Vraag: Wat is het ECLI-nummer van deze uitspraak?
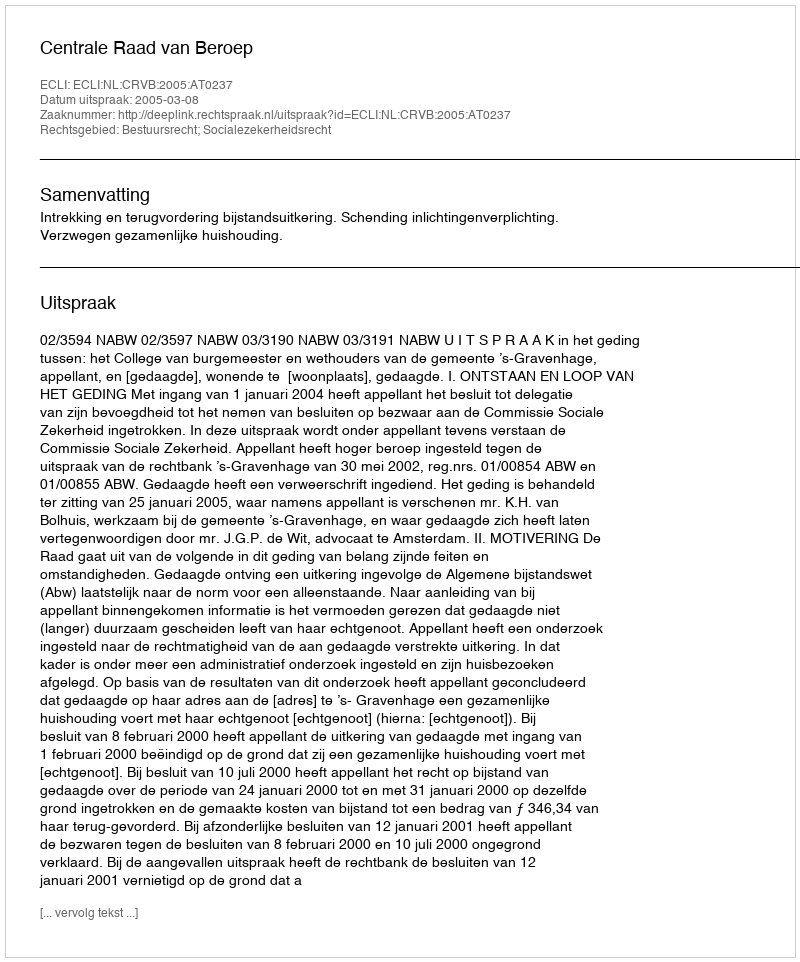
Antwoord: ECLI:NL:CRVB:2005:AT0237